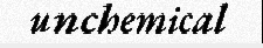
unchemical